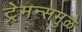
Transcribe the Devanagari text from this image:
ट्रेमन्समुळे